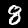
Digit: 8